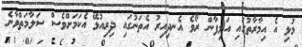
މުޅި އެ އިމާރާތުގައި އަލިފާން ރޯވެ އެނދިއިރު އެތަނުގައި ދިރިއުޅޭ އެކަމަށްވެސް ސަލާމަތްވާނެ